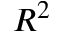
R ^ { 2 }